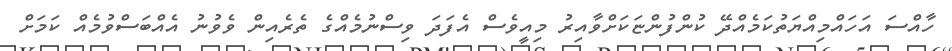
ހާއްސަ އަހައްމިއްޔަތުކަމެއްދޭ ކުންފުންޏަކަށްވާއިރު މިއީވެސް އެފަދަ ވިސްނުމެއްގެ ތެރެއިން ވެވުނު އެއްބަސްވުމެއް ކަމަށް